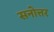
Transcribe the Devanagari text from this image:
सनोत्तर